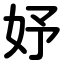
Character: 妤